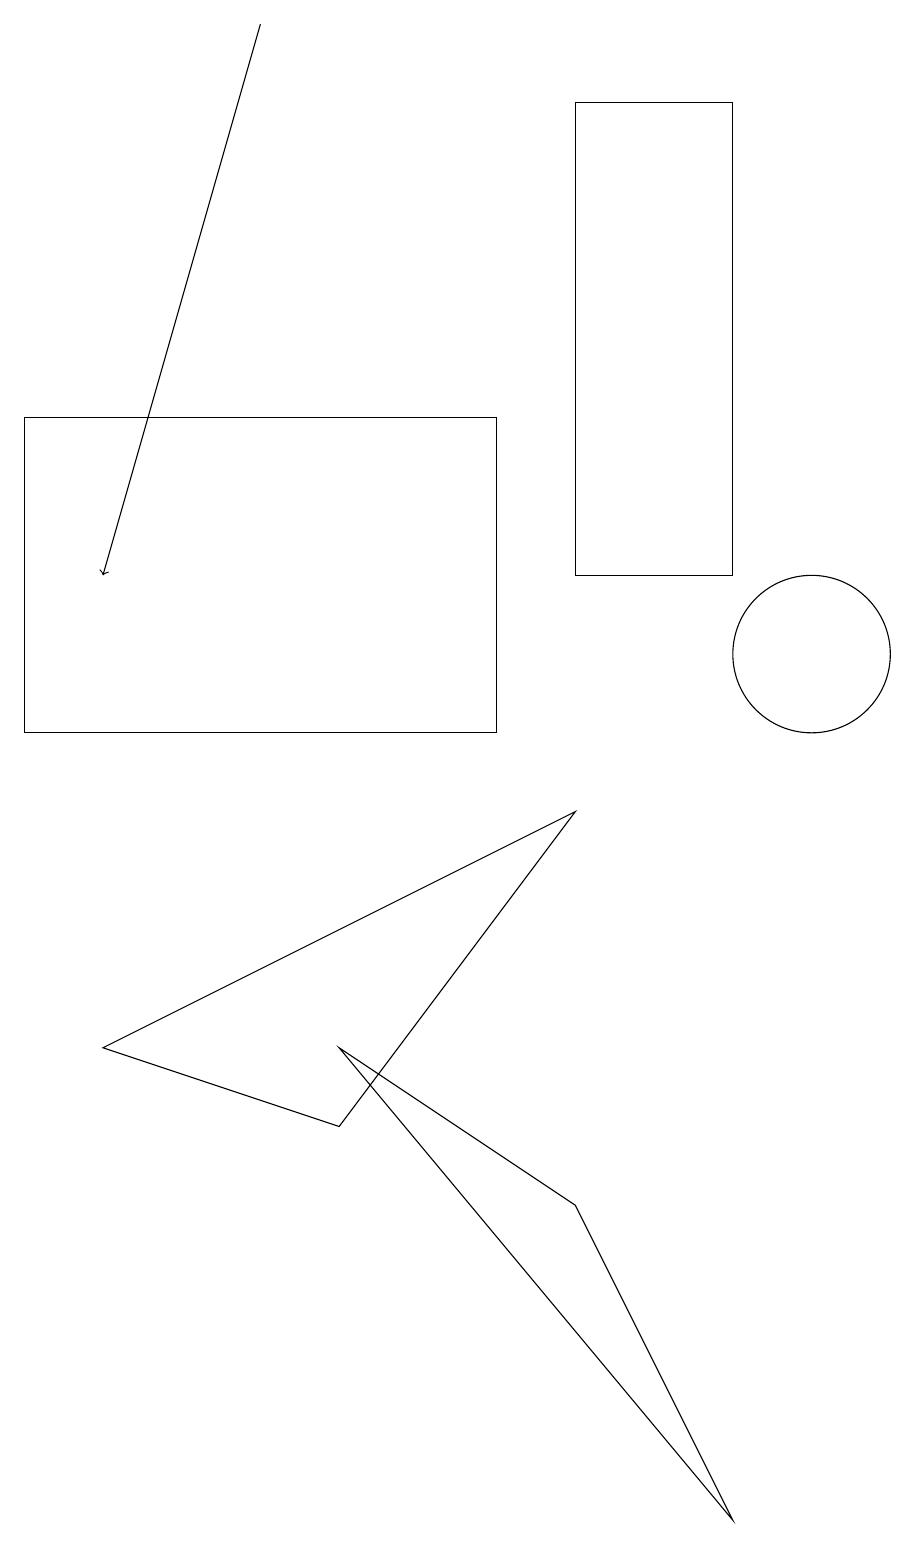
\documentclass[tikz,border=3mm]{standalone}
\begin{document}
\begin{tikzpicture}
\draw (7,9) -- (4,5) -- (1,6) -- cycle;
\draw[->] (3,19) -- (1,12);
\draw (9,18) rectangle (7,12);
\draw (4,6) -- (7,4) -- (9,0) -- cycle;
\draw (10,11) circle (1);
\draw (0,10) rectangle (6,14);
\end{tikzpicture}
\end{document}